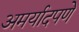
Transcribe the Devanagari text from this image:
अमर्यादपणे